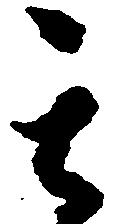
其